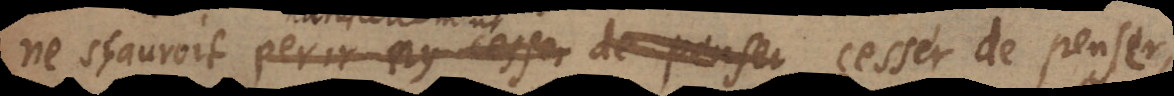
uroit perir ny cesser de penser cesser de penser,